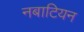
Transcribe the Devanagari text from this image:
नबाटियन